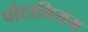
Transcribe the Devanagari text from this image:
पौटाशियम